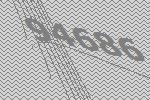
94686